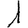
Digit: 1